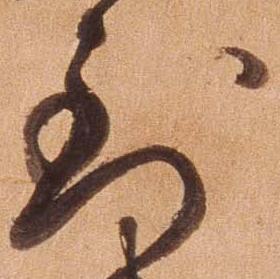
到